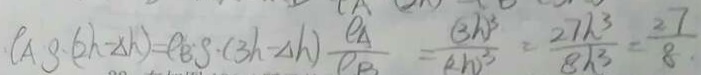
\rho A S \cdot ( 2 h - \Delta h ) = e _ { \theta } S \cdot ( 3 h - \Delta h ) \frac { e _ { A } } { e B } = \frac { ( 3 h ) ^ { 3 } } { ( 2 h ) ^ { 3 } } = \frac { 2 7 h ^ { 3 } } { 8 h ^ { 3 } } = \frac { 2 7 } { 8 . }